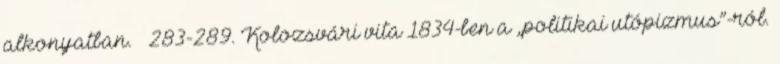
alkonyatban. – 283-289. Kolozsvári vita 1834-ben a „politikai utópizmus”-ról.